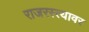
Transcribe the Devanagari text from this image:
राजरस्त्यावर